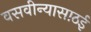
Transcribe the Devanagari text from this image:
वसवीन्यासाठई